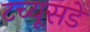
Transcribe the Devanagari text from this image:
टच्यूसडे